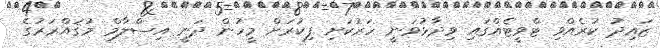
ޒައިދު ކުރެއްވި ޓްވީޓެއްގައި ވިދާޅުވަނީ ހަރުކަށި ފިކުރަށް މީހުން ދަނީ އިސްލާމް މުޤައްރަރުގެ